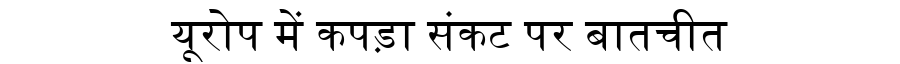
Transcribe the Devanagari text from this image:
यूरोप में कपड़ा संकट पर बातचीत